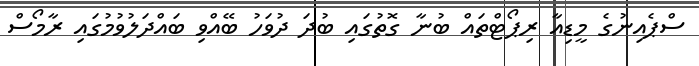
ސްޕެއިނުގެ މީޑިއާ ރިޕޯޓްތައް ބުނާ ގޮތުގައި ބުދަ ދުވަހު ބޭއްވި ބައްދަލުވުމުގައި ރާމޯސް